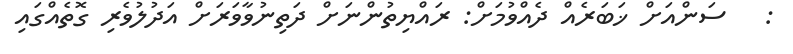
:   ސަންއަށް ޚަބަރެއް ދެއްވުމަށް: ރައްޔިތުންނަށް ދަތިނުވާވަރަށް އަދުލުވެރި ގޮތެއްގައި